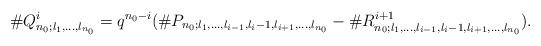
LaTeX: \begin{align*}\#Q^i_{n_0;l_1,\ldots,l_{n_0}}=q^{n_0-i}(\#P_{n_0;l_1,\ldots,l_{i-1},l_i-1,l_{i+1},\ldots,l_{n_0}}-\#R^{i+1}_{n_0;l_1,\ldots,l_{i-1},l_i-1,l_{i+1},\ldots,l_{n_0}}).\end{align*}